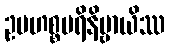
ဥပဟစ္စပရိနိဗ္ဗာယိဿ